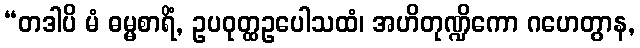
“တဒါပိ မံ ဓမ္မစာရိံ, ဥပဝုတ္ထဥပေါသထံ၊ အဟိတုဏ္ဍိကော ဂဟေတွာန,